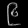
Digit: ၉